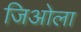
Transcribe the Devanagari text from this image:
जिओला